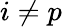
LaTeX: i\neq p